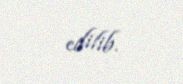
edilib.